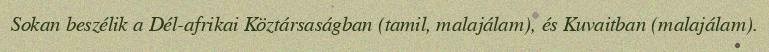
Sokan beszélik a Dél-afrikai Köztársaságban (tamil, malajálam), és Kuvaitban (malajálam).